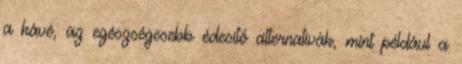
a kávé, az egészségesebb édesítő alternatívák, mint például a